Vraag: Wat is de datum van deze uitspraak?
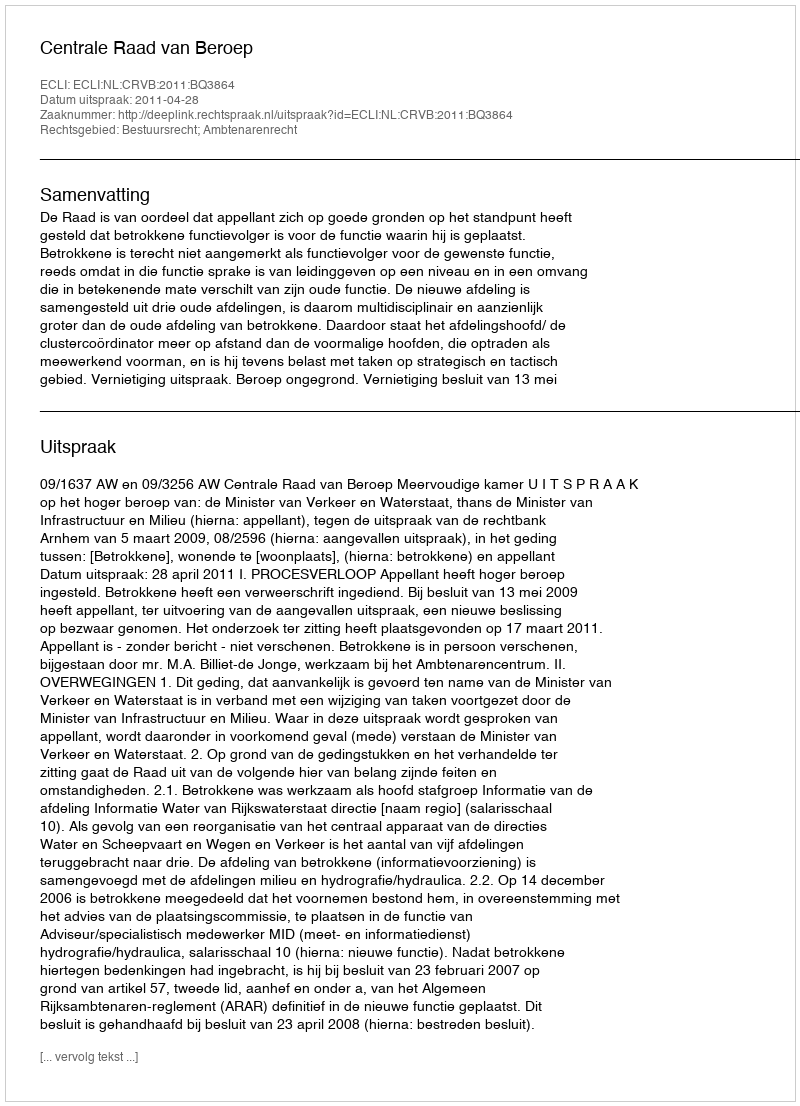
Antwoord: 2011-04-28